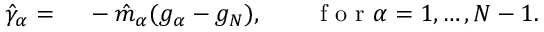
\begin{array} { r l } { \hat { \gamma } _ { \alpha } = } & { { } ~ - \hat { m } _ { \alpha } ( g _ { \alpha } - g _ { N } ) , \quad \quad \mathrm { ~ f ~ o ~ r ~ } \alpha = 1 , \dots , N - 1 . } \end{array}